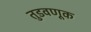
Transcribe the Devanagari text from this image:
तुडवणूक